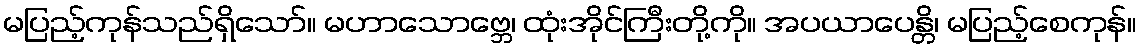
မပြည့်ကုန်သည်ရှိသော်။ မဟာသောဗ္ဘေ၊ ထုံးအိုင်ကြီးတို့ကို။ အပယာပေန္တိ၊ မပြည့်စေကုန်။